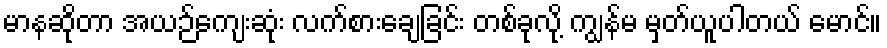
မာနဆိုတာ အယဉ်ကျေးဆုံး လက်စားချေခြင်း တစ်ခုလို့ ကျွန်မ မှတ်ယူပါတယ် မောင်။